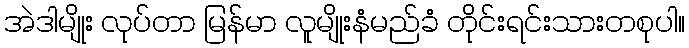
အဲဒါမျိုး လုပ်တာ မြန်မာ လူမျိုးနံမည်ခံ တိုင်းရင်းသားတစုပါ။